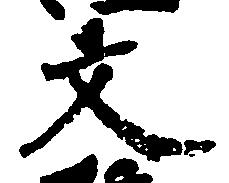
文